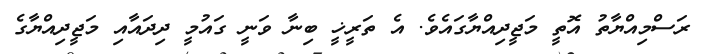
ރަސްމިއްޔާތު އޮތީ މަޖީދިއްޔާގައެވެ. އެ ތަރީޚީ ބިނާ ވަނީ ގައުމީ ދިދައާއި މަޖީދިއްޔާގެ